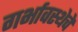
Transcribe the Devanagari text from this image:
गर्भावस्थेचे